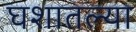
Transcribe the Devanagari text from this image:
घशातल्या